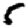
Digit: 5